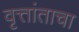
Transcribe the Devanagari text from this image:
वृत्तांताचा